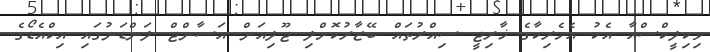
ވިކިލީކްސްއާ އެކު އެމެރިކާގެ ޚާރިޖީ ސިއްރުތައް ބޭޒާރުކޮށްލި ޖޫލިއަން އަސާންޖް ލަންޑަނުގައި އިކްއެޑޯގެ